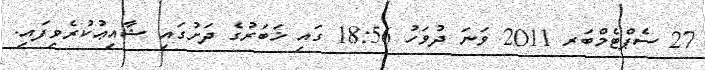
27 ސެޕްޓެމްބަރ 2011 ވަނަ ދުވަހު 18:56 ގައި ޚަބަރުގެ ދަށުގައި ޝާއިޢުކުރެވިފައި.